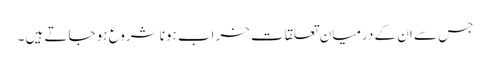
جس سے ان کے درمیان تعلقات خراب ہونا شروع ہو جاتے ہیں ۔